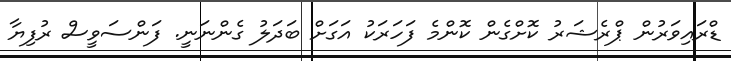
ޑްރައިވަރުން ޕްރެޝަރު ކޮށްގެން ކޮންމެ ފަހަރަކު އަގަށް ބަދަލު ގެންނަނީ. ފަންސަވީސް ރުފިޔާ